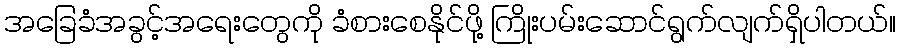
အခြေခံအခွင့်အရေးတွေကို ခံစားစေနိုင်ဖို့ ကြိုးပမ်းဆောင်ရွက်လျက်ရှိပါတယ်။